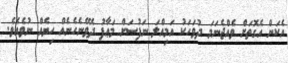
އެކަން އެގޮތަށް ވެއްޖެނަމަ ދުވަހަކު އަމިއްލަ ނަފުސަށް މަޢާފު ދެވޭނެހެނެއް ހިޔެއް ނުވެއެވެ.